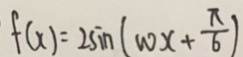
f ( x ) = 2 \sin ( w x + \frac { \pi } { 6 } )